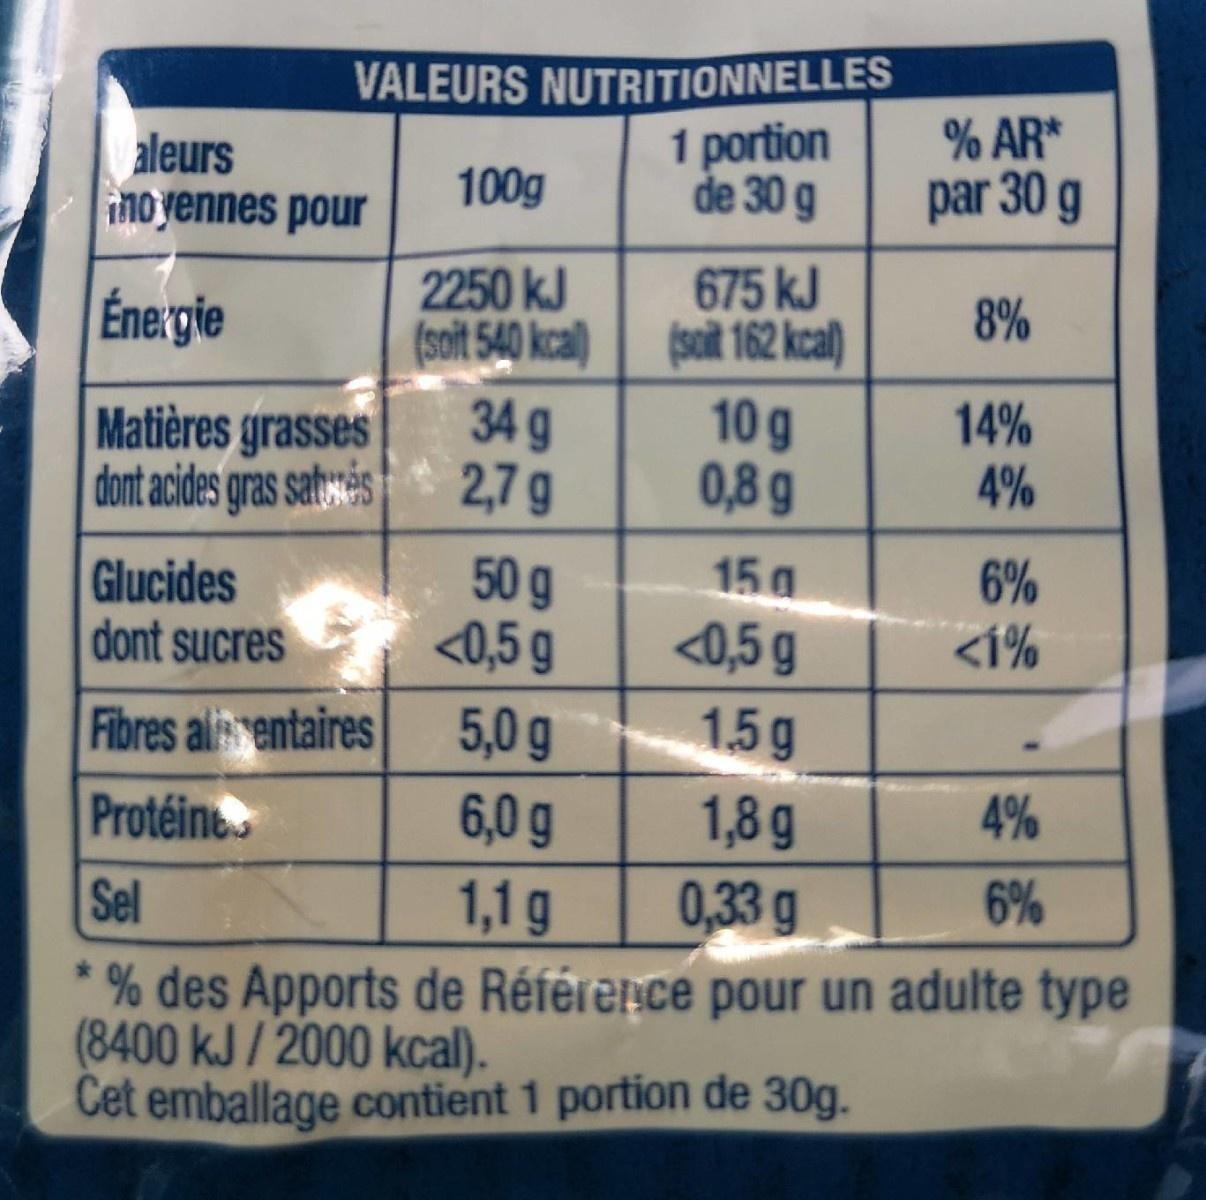
VALEURS NUTRITIONNELLES
1 portion de 30 g
aleurs
moyennes pour
Énergie
Matières grasses
dont acides gras saturés
100g
2250 kJ
(soit 540 kcal)
34 g
2,7 g
50 g
<0,5 g
5,0 g
6,0 g
1,1 g
675 kJ
(soit 162 kcal)
10 g
0,8 g
15 g
<0,5 g
% AR*
par 30 g
8%
14%
4%
Glucides
dont sucres
Fibres alentaires
1.5g
Protéine
1,8 g
Sel
0,33 g
% des Apports de Référence pour un adulte type (8400 kJ/2000 kcal).
Cet emballage contient 1 portion de 30g.
6%
<1%
4%
6%